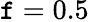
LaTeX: \mathtt{f}=0.5